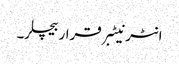
انٹرنیٹبرقراربیچلر۔